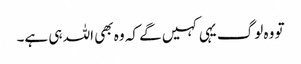
تو وہ لوگ یہی کہیں گے کہ وہ بھی اللہ ہی ہے۔